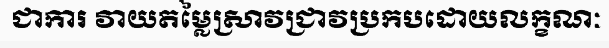
ជាការ វាយតម្លៃស្រាវជ្រាវប្រកបដោយលក្ខណៈ